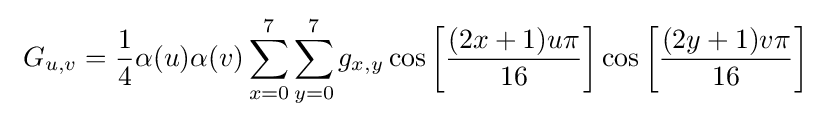
\ G_{u,v}={\frac {1}{4}}\alpha (u)\alpha (v)\sum _{x=0}^{7}\sum _{y=0}^{7}g_{x,y}\cos \left[{\frac {(2x+1)u\pi }{16}}\right]\cos \left[{\frac {(2y+1)v\pi }{16}}\right]